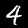
Label: 4